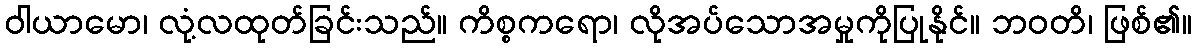
ဝါယာမော၊ လုံ့လထုတ်ခြင်းသည်။ ကိစ္စကရော၊ လိုအပ်သောအမှုကိုပြုနိုင်။ ဘဝတိ၊ ဖြစ်၏။